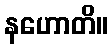
နဟောတိ။